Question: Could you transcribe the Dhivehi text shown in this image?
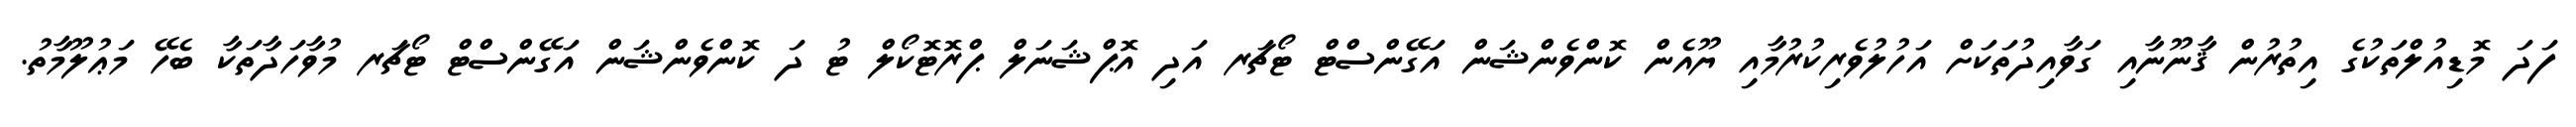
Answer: ފަދަ މޮޑިއުލްތަކުގެ އިތުރުން ޤާނޫނާއި ގަވާއިދުތަކަށް އަހުލުވެރިކުރުމާއި ޔޫއެން ކޮންވެންޝަން އަގޭންސްޓް ޓޯޗަރ އަދި އޮޕްޝަނަލް ޕްރޮޓޮކޯލް ޓު ދަ ކޮންވެންޝަން އަގޭންސްޓް ޓޯޗަރ މުވާހަދާތަކާ ބެހޭ މަޢުލޫމާތު.